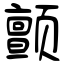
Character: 颤